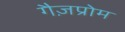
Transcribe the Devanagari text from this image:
गैज़प्रोम